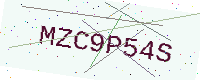
Text: MZC9P54S